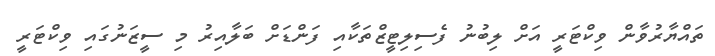
ތައްޔާރުވާން ވިކްޓަރީ އަށް ލިބުނު ފެސިލިޓީޒްތަކާއި ފަންޑަށް ބަލާއިރު މި ސީޒަނުގައި ވިކްޓަރީ